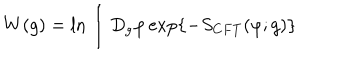
W ( g ) = \ln \int D _ { g } \varphi \exp \{ - S _ { C F T } ( \varphi ; g ) \}